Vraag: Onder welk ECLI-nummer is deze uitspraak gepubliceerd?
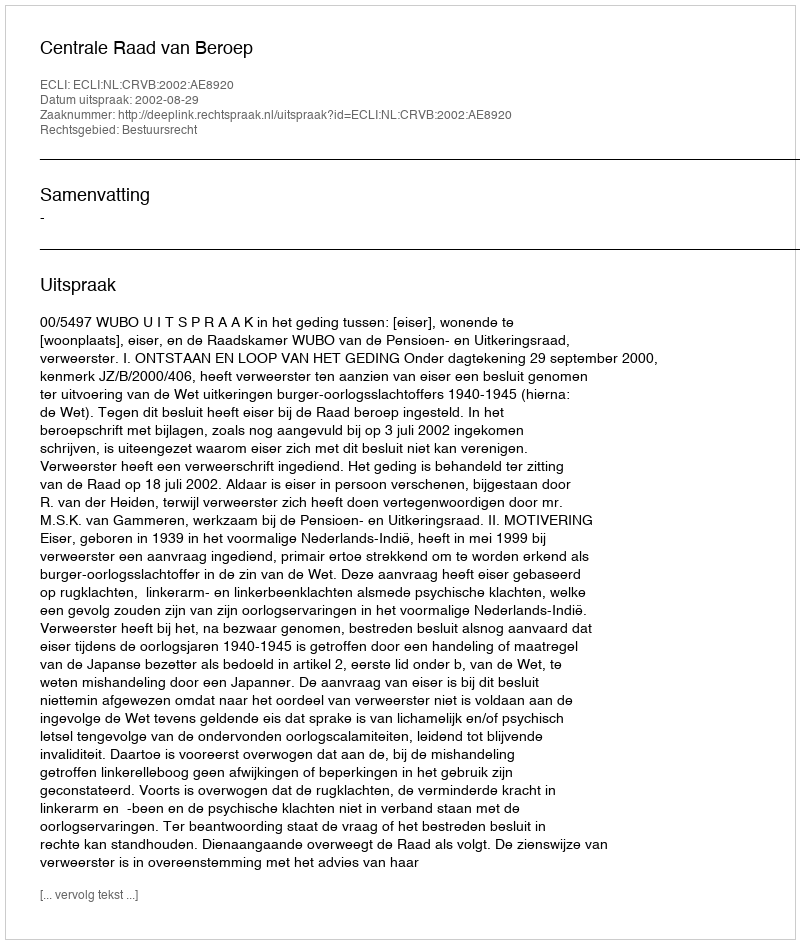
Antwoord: ECLI:NL:CRVB:2002:AE8920